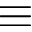
\equiv